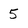
Character: 5